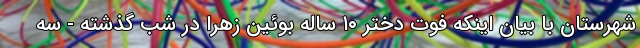
شهرستان با بیان اینکه فوت دختر ۱۰ ساله بوئین زهرا در شب گذشته - سه